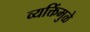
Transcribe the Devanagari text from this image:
व्यक्तिंमुळे